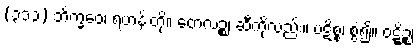
(၃၁၃) ဘိက္ခဝေ၊ ရဟန်းတို့။ တေလဉ္စ၊ ဆီကိုလည်း။ ပဋိစ္စ၊ စွဲ၍။ ဝဋ္ဋိဉ္စ၊